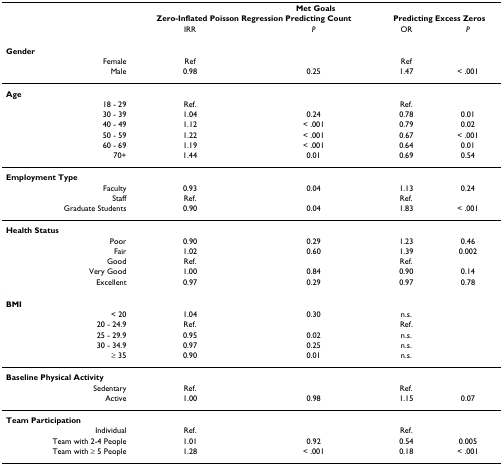
<table><thead><tr><td></td><td colspan="4"><b>Met Goals</b></td></tr><tr><td></td><td colspan="2"><b>Zero-Inflated Poisson Regression Predicting Count</b></td><td colspan="2"><b>Predicting Excess Zeros</b></td></tr><tr><td></td><td><b>IRR</b></td><td><b><i>P</i></b></td><td><b>OR</b></td><td><b><i>P</i></b></td></tr></thead><tbody><tr><td><b>Gender</b></td><td></td><td></td><td></td><td></td></tr><tr><td>Female</td><td>Ref</td><td></td><td>Ref</td><td></td></tr><tr><td>Male</td><td>0.98</td><td>0.25</td><td>1.47</td><td>&lt; .001</td></tr><tr><td><b>Age</b></td><td></td><td></td><td></td><td></td></tr><tr><td>18 - 29</td><td>Ref.</td><td></td><td>Ref.</td><td></td></tr><tr><td>30 - 39</td><td>1.04</td><td>0.24</td><td>0.78</td><td>0.01</td></tr><tr><td>40 - 49</td><td>1.12</td><td>&lt; .001</td><td>0.79</td><td>0.02</td></tr><tr><td>50 - 59</td><td>1.22</td><td>&lt; .001</td><td>0.67</td><td>&lt; .001</td></tr><tr><td>60 - 69</td><td>1.19</td><td>&lt; .001</td><td>0.64</td><td>0.01</td></tr><tr><td>70+</td><td>1.44</td><td>0.01</td><td>0.69</td><td>0.54</td></tr><tr><td><b>Employment Type</b></td><td></td><td></td><td></td><td></td></tr><tr><td>Faculty</td><td>0.93</td><td>0.04</td><td>1.13</td><td>0.24</td></tr><tr><td>Staff</td><td>Ref.</td><td></td><td>Ref.</td><td></td></tr><tr><td>Graduate Students</td><td>0.90</td><td>0.04</td><td>1.83</td><td>&lt; .001</td></tr><tr><td><b>Health Status</b></td><td></td><td></td><td></td><td></td></tr><tr><td>Poor</td><td>0.90</td><td>0.29</td><td>1.23</td><td>0.46</td></tr><tr><td>Fair</td><td>1.02</td><td>0.60</td><td>1.39</td><td>0.002</td></tr><tr><td>Good</td><td>Ref.</td><td></td><td>Ref.</td><td></td></tr><tr><td>Very Good</td><td>1.00</td><td>0.84</td><td>0.90</td><td>0.14</td></tr><tr><td>Excellent</td><td>0.97</td><td>0.29</td><td>0.97</td><td>0.78</td></tr><tr><td><b>BMI</b></td><td></td><td></td><td></td><td></td></tr><tr><td>&lt; 20</td><td>1.04</td><td>0.30</td><td>n.s.</td><td></td></tr><tr><td>20 - 24.9</td><td>Ref.</td><td></td><td>Ref.</td><td></td></tr><tr><td>25 - 29.9</td><td>0.95</td><td>0.02</td><td>n.s.</td><td></td></tr><tr><td>30 - 34.9</td><td>0.97</td><td>0.25</td><td>n.s.</td><td></td></tr><tr><td>≥ 35</td><td>0.90</td><td>0.01</td><td>n.s.</td><td></td></tr><tr><td><b>Baseline Physical Activity</b></td><td></td><td></td><td></td><td></td></tr><tr><td>Sedentary</td><td>Ref.</td><td></td><td>Ref.</td><td></td></tr><tr><td>Active</td><td>1.00</td><td>0.98</td><td>1.15</td><td>0.07</td></tr><tr><td><b>Team Participation</b></td><td></td><td></td><td></td><td></td></tr><tr><td>Individual</td><td>Ref.</td><td></td><td>Ref.</td><td></td></tr><tr><td>Team with 2-4 People</td><td>1.01</td><td>0.92</td><td>0.54</td><td>0.005</td></tr><tr><td>Team with ≥ 5 People</td><td>1.28</td><td>&lt; .001</td><td>0.18</td><td>&lt; .001</td></tr></tbody></table>